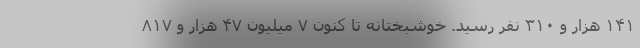
۱۴۱ هزار و ۳۱۰ نفر رسید. خوشبختانه تا کنون ۷ میلیون ۴۷ هزار و ۸۱۷